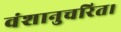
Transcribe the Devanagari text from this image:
वंशानुचरित।